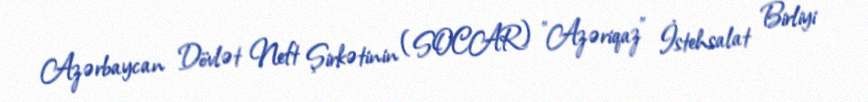
Azərbaycan Dövlət Neft Şirkətinin (SOCAR) "Azəriqaz" İstehsalat Birliyi